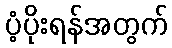
ပံ့ပိုးရန်အတွက်